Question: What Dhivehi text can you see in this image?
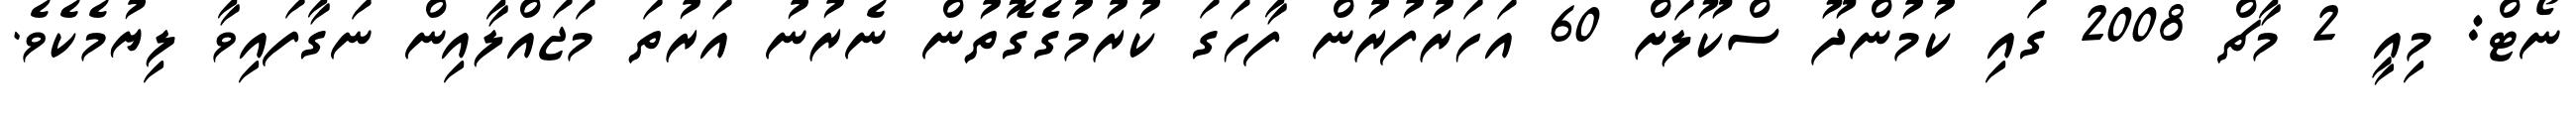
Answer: ނޯޓް: މިއީ 2 މާޗް 2008 ގައި ކުމުންދޫ ސްކޫލަށް 60 އަހަރުފުރުން ފާހަގަ ކުރުމުގެގޮތުން ނެރުނު އަރުތަ މަޖައްލާއިން ނަގާފައިވާ ލިޔުމެކެވެ.